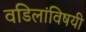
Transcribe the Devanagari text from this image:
वडिलांविषयी